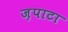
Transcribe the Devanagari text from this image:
ज़पाटा